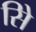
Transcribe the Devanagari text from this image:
सिे